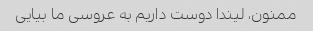
ممنون، لیندا دوست داریم به عروسی ما بیایی